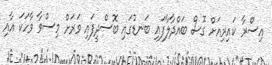
އިސްރާ ކައިރިއަށް ގޮސް ބައްދާލާފައި ބަނޑުގައި ބޮސްދީފައި ވަރަށް މިސްވާ ވާހަކަ އާއި